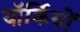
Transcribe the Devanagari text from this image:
यॉर्कियों